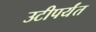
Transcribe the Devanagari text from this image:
उटीपर्यंत